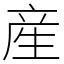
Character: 産